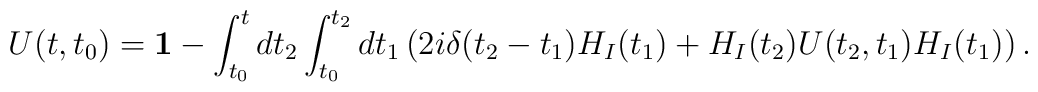
U(t,t_0)={\bf 1}-\int_{t_0}^t dt_2 \int_{t_0}^{t_{2}}dt_1 \left (2i\delta(t_2-t_1)H_I(t_1)+ H_I(t_2)U(t_2,t_1)H_I(t_1)\right ).